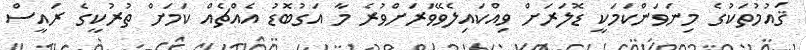
ޤައުމުތަކުގެ މިނަވަންކަމަކީ ޑޮލަރަށް ވިއްކައިލެވޭވަރަށްވުރެ މާ އަގުބޮޑު އެއްޗެއް ކަމަށް ތުރުކީގެ ރައީސް